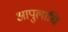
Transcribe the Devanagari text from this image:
आपुलाचि